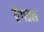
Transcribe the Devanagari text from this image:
ऎंगल्स